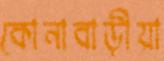
কোনাবাড়ীয়া